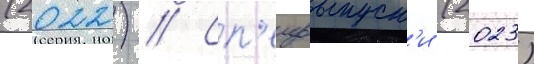
(2022) // Сп'ецвыпуск'и (2023)